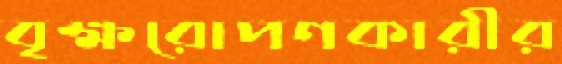
বৃক্ষরোপণকারীর